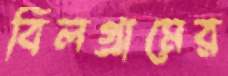
বিলগ্রামের